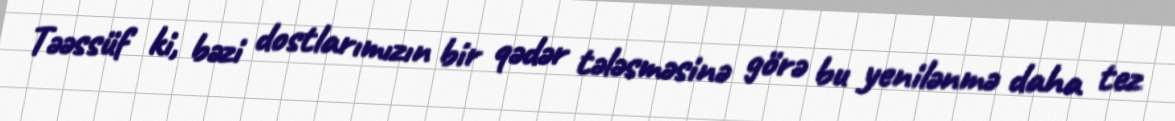
Təəssüf ki, bəzi dostlarımızın bir qədər tələsməsinə görə bu yenilənmə daha tez